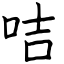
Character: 咭